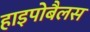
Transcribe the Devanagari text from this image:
हाइपोबैलस